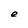
Character: e